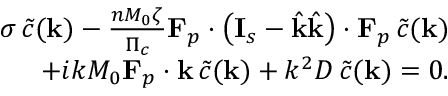
\begin{array} { r } { \sigma \, \tilde { c } ( \mathbf { k } ) - \frac { n M _ { 0 } \zeta } { \Pi _ { c } } \mathbf { F } _ { p } \boldsymbol { \cdot } \left( \mathbf { I } _ { s } - \hat { \mathbf { k } } \hat { \mathbf { k } } \right) \boldsymbol { \cdot } \mathbf { F } _ { p } \, \tilde { c } ( \mathbf { k } ) } \\ { + i k M _ { 0 } \mathbf { F } _ { p } \boldsymbol { \cdot } \mathbf { k } \, \tilde { c } ( \mathbf { k } ) + k ^ { 2 } D \, \tilde { c } ( \mathbf { k } ) = 0 . } \end{array}